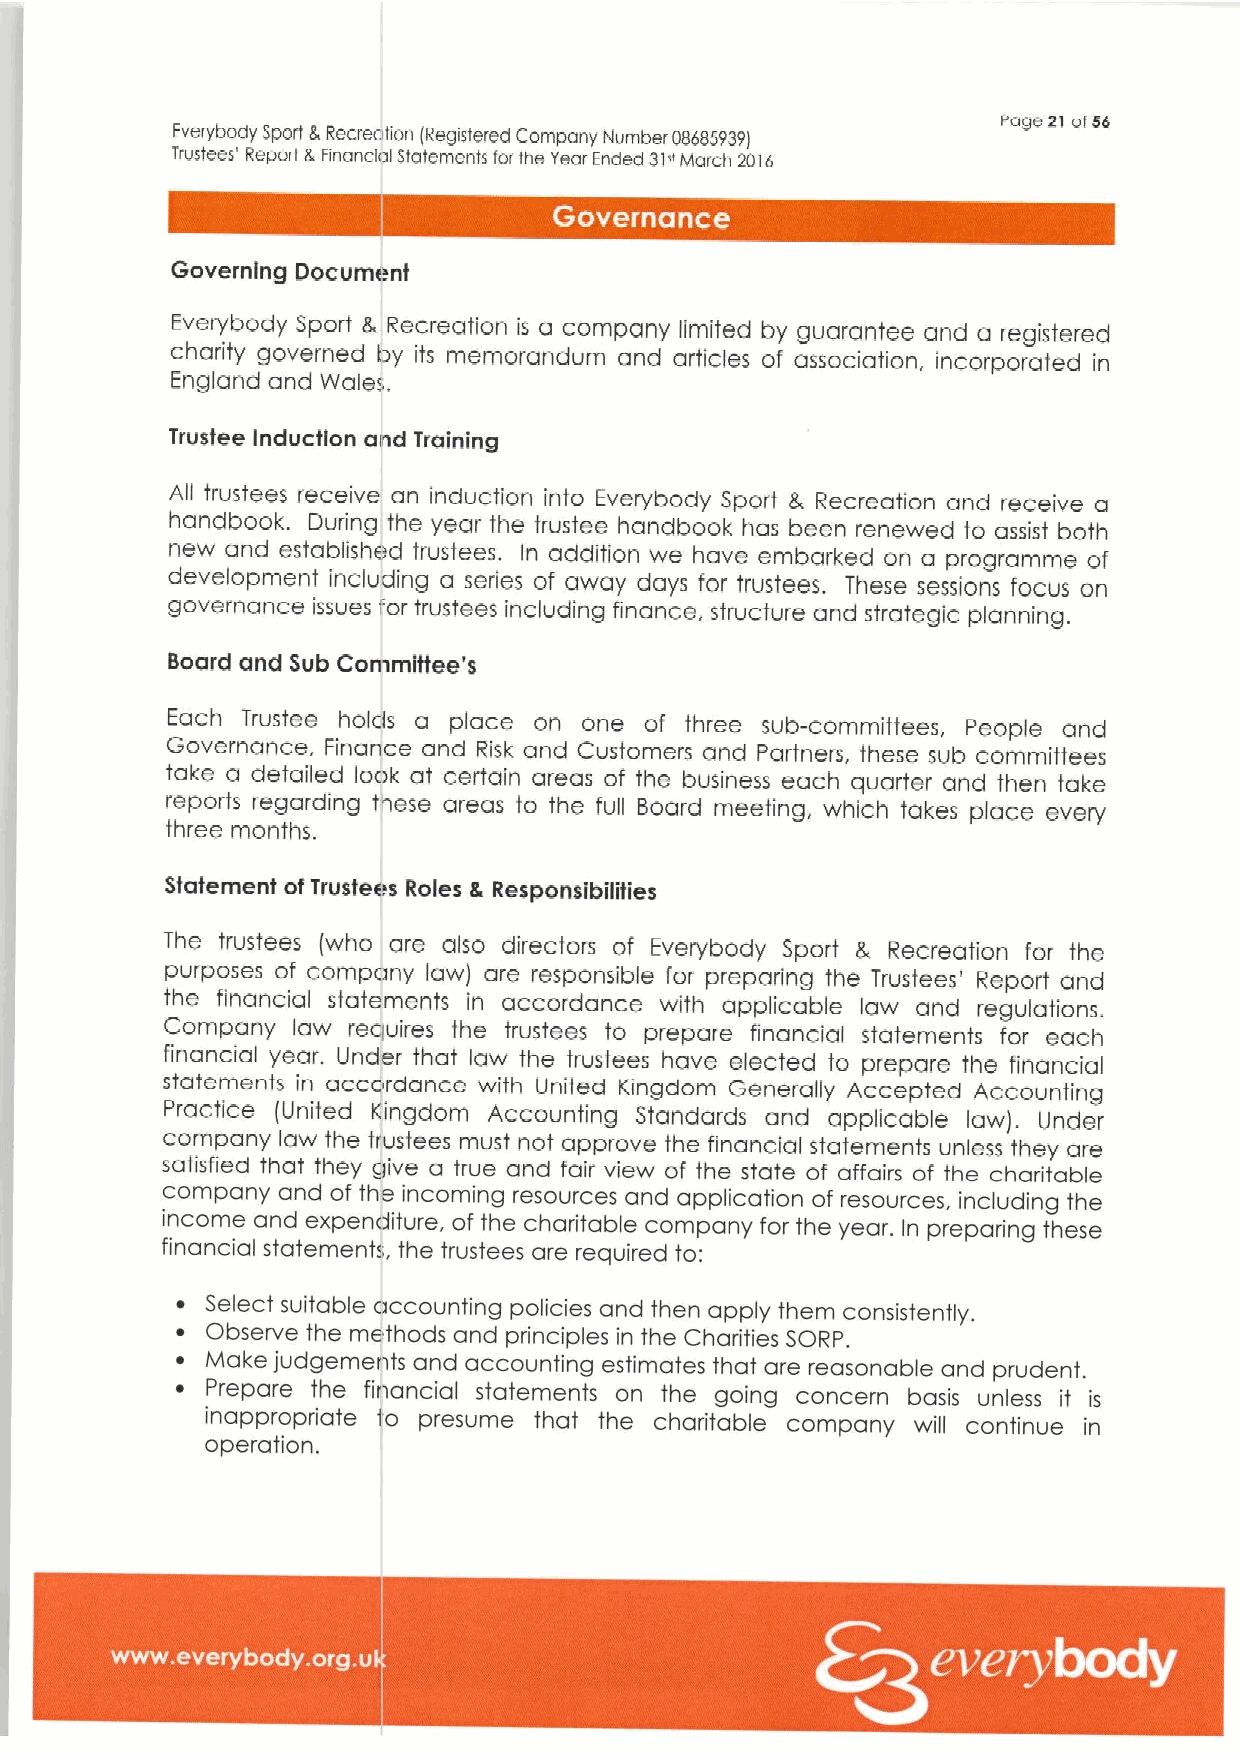
page21 atefs
 Everybody Sport &Recreation (Registered Company Number 08685939I
 Trustees' Report &Financial Statements for the Year Ended 31vMarch 2016
 Governing Document
 Everybody Sport 8, Recreation is a company limited by guarantee and a registered
 charity governed by its memorandum and articles of association, incorporated in
 England and yyales.
 Trustee induction and Training
 All trustees receive an induction into Everybody Sport L Recreation and receive a
 handbook. During the year the trustee handbook has been renewed to assist both
 new and established trustees. In addition we have embarked on a programme of
 development including a series of away days for trustees. These sessions focus on
 governance issues for trustees including finance, structure and strategic planning.
 Board and Sub Committee's
 Each Trustee holds a place on one of three sub-committees, People and
 Governance, Finance and Risk and Customers and Partners, these sub committees
 take a detailed look at certain areas of the business each quarter and then take
 reports regarding these areas to the full Board meeting, which takes place every
 three months.
 Statement ofTrustees Roles & Resportslbitities
 The trustees [who are also directors of Everybody Sport 8 Recreation for the
 purposes of company law) are responsible for preparing the Trustees' Report and
 the financial statements in accordance with applicable law and regulations.
 Company law requires the trustees to prepare financial statements for each
 financial year. Under that law the trustees have elected to prepare the financial
 statements accordance
 in          with United Kingdom Generally Accepted Accounting
 Practice (United Kingdom Accounting Standards and applicable law). Under
 company law the trustees must not approve the financial sfatements unless they are
 satisfied that they give a true and fair view of the state of affairs of the charitable
 company and of the incoming resources and application of resources. including the
 income and expenditure, of the charitable company for the year. In preparing these
 financial statements, the trustees are required to:
 ~ Select suitable accounting policies and then apply them consisfently,
 ~ Observe fhe methods and principles in the Charities SORP.
 ~ Make judgements and accounting estimates that are reasonable and prudent.
 ~ Prepare the financial statemenfs on the going concern basis unless it is
 inappropriate to presume that the charitable company will continue in
 operation.
 ~ ~ ~